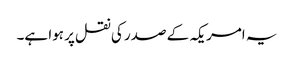
یہ امریکہ کے صدر کی نقل پر ہوا ہے۔